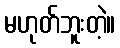
မဟုတ်ဘူးတဲ့။